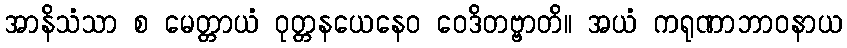
အာနိသံသာ စ မေတ္တာယံ ဝုတ္တနယေနေဝ ဝေဒိတဗ္ဗာတိ။ အယံ ကရုဏာဘာဝနာယ